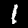
Label: 1